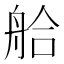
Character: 䑪